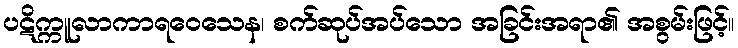
ပဋိက္ကူလာကာရဝေသေန၊ စက်ဆုပ်အပ်သော အခြင်းအရာ၏ အစွမ်းဖြင့်။